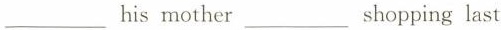
___ his mother ___ shopping last